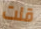
قلت